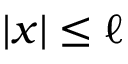
| x | \leq \ell